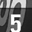
Digit: 5